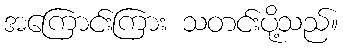
အကြောင်းကြား သတင်းပို့သည်။